Vaccination United Provinces of Agra and Oudh 1902-1913 - 1902-1913
Year: 1902
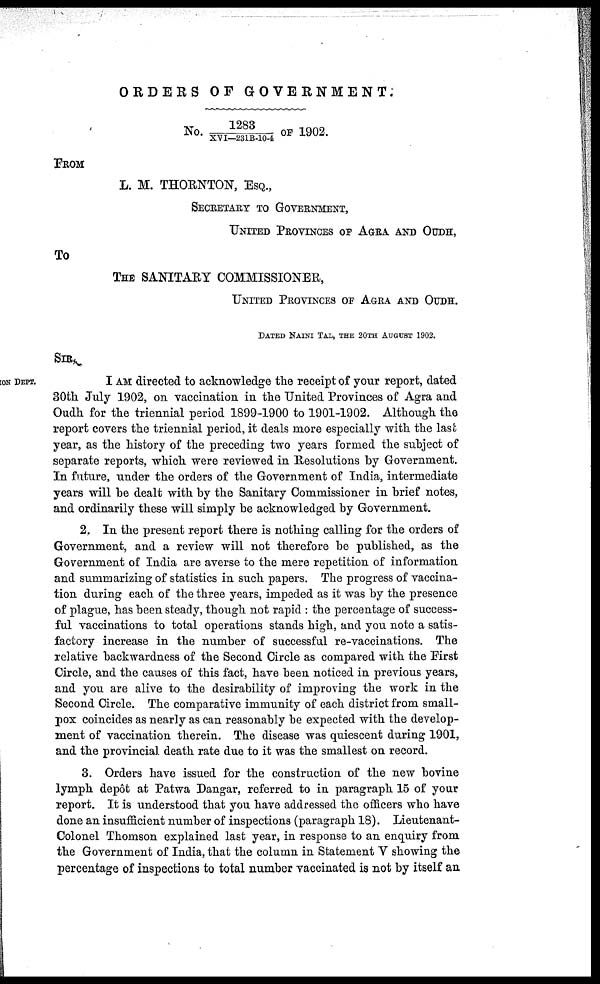
ORDERS OF GOVERNMENT.
No 1283/XVI—231B-10-4 OF 1902.
FROM
L. M. THORNTON, ESQ.,
SECRETARY TO GOVERNMENT,
UNITED PROVINCES OF AGRA AND OUDH,
To
THE SANITARY COMMISSIONER,
UNITED PROVINCES OF AGRA AND OUDH.
DATED NAINI TAL, THE 20TH AUGUST 1902.
SIR
ION DEPT.
I AM directed to acknowledge the receipt of your report, dated
30th July 1902, on vaccination in the United Provinces of Agra and
Oudh for the triennial period 1899-1900 to 1901-1902. Although the
report covers the triennial period, it deals more especially with the last
year, as the history of the preceding two years formed the subject of
separate reports, which were reviewed in Resolutions by Government.
In future, under the orders of the Government of India, intermediate
years will be dealt with by the Sanitary Commissioner in brief notes,
and ordinarily these will simply be acknowledged by Government.
2. In the present report there is nothing calling for the orders of
Government, and a review will not therefore be published, as the
Government of India are averse to the mere repetition of information
and summarizing of statistics in such papers. The progress of vaccina-
tion during each of the three years, impeded as it was by the presence
of plague, has been steady, though not rapid : the percentage of success-
ful vaccinations to total operations stands high, and you note a satis-
factory increase in the number of successful re-vaccinations. The
relative backwardness of the Second Circle as compared with the First
Circle, and the causes of this fact, have been noticed in previous years,
and you are alive to the desirability of improving the work in the
Second Circle. The comparative immunity of each district from small-
pox coincides as nearly as can reasonably be expected with the develop-
ment of vaccination therein. The disease was quiescent during 1901,
and the provincial death rate due to it was the smallest on record.
3. Orders have issued for the construction of the new bovine
lymph depôt at Patwa Dangar, referred to in paragraph 15 of your
report. It is understood that you have addressed the officers who have
done an insufficient number of inspections (paragraph 18). Lieutenant-
Colonel Thomson explained last year, in response to an enquiry from
the Government of India, that the column in Statement V showing the
percentage of inspections to total number vaccinated is not by itself an